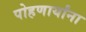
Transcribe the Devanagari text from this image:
पोहणार्यांना